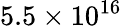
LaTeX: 5.5\times 10^{16}